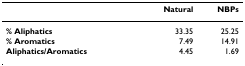
<table><thead><tr><td></td><td><b>Natural</b></td><td><b>NBPs</b></td></tr></thead><tbody><tr><td><b>% Aliphatics</b></td><td>33.35</td><td>25.25</td></tr><tr><td><b>% Aromatics</b></td><td>7.49</td><td>14.91</td></tr><tr><td><b>Aliphatics/Aromatics</b></td><td>4.45</td><td>1.69</td></tr></tbody></table>